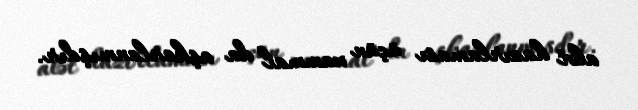
alət hazırlaması üçün xammal da aşkarlanmışdır.